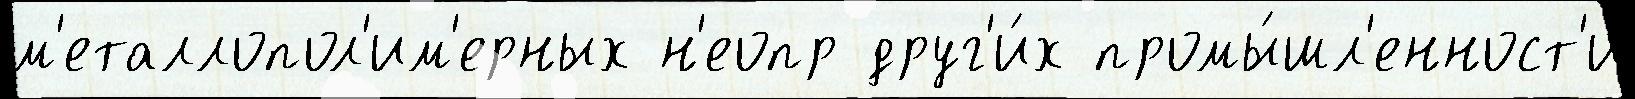
м'еталлопол'им'ерных н'еопр друг'и́х промы́шл'енност'и